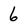
Character: 6